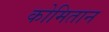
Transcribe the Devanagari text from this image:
कोमितान